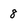
Character: 8